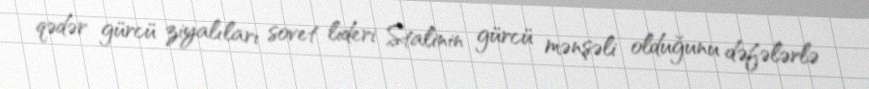
qədər gürcü ziyalıları sovet lideri Stalinin gürcü mənşəli olduğunu dəfələrlə